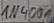
Text: IN4001